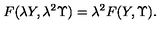
F ( \lambda Y , \lambda ^ { 2 } \Upsilon ) = \lambda ^ { 2 } F ( Y , \Upsilon ) .